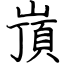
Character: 嵿